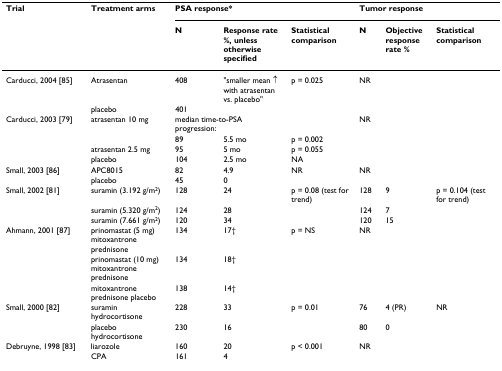
<table><thead><tr><td><b>Trial</b></td><td><b>Treatment arms</b></td><td colspan="3"><b>PSA response*</b></td><td colspan="3"><b>Tumor response</b></td></tr><tr><td></td><td></td><td><b>N</b></td><td><b>Response rate %, unless otherwise specified</b></td><td><b>Statistical comparison</b></td><td><b>N</b></td><td><b>Objective response rate %</b></td><td><b>Statistical comparison</b></td></tr></thead><tbody><tr><td>Carducci, 2004 [85]</td><td>Atrasentan</td><td>408</td><td>&quot;smaller mean ↑ with atrasentan vs. placebo&quot;</td><td>p = 0.025</td><td colspan="3">NR</td></tr><tr><td></td><td>placebo</td><td>401</td><td></td><td></td><td></td><td></td><td></td></tr><tr><td>Carducci, 2003 [79]</td><td>atrasentan 10 mg</td><td colspan="2">median time-to-PSA progression:</td><td></td><td colspan="3">NR</td></tr><tr><td></td><td></td><td>89</td><td>5.5 mo</td><td>p = 0.002</td><td></td><td></td><td></td></tr><tr><td></td><td>atrasentan 2.5 mg</td><td>95</td><td>5 mo</td><td>p = 0.055</td><td></td><td></td><td></td></tr><tr><td></td><td>placebo</td><td>104</td><td>2.5 mo</td><td>NA</td><td></td><td></td><td></td></tr><tr><td>Small, 2003 [86]</td><td>APC8015</td><td>82</td><td>4.9</td><td>NR</td><td colspan="3">NR</td></tr><tr><td></td><td>placebo</td><td>45</td><td>0</td><td></td><td></td><td></td><td></td></tr><tr><td>Small, 2002 [81]</td><td>suramin (3.192 g/m<sup>2</sup>)</td><td>128</td><td>24</td><td>p = 0.08 (test for trend)</td><td>128</td><td>9</td><td>p = 0.104 (test for trend)</td></tr><tr><td></td><td>suramin (5.320 g/m<sup>2</sup>)</td><td>124</td><td>28</td><td></td><td>124</td><td>7</td><td></td></tr><tr><td></td><td>suramin (7.661 g/m<sup>2</sup>)</td><td>120</td><td>34</td><td></td><td>120</td><td>15</td><td></td></tr><tr><td>Ahmann, 2001 [87]</td><td>prinomastat (5 mg) mitoxantrone prednisone</td><td>134</td><td>17†</td><td>p = NS</td><td colspan="3">NR</td></tr><tr><td></td><td>prinomastat (10 mg) mitoxantrone prednisone</td><td>134</td><td>18†</td><td></td><td></td><td></td><td></td></tr><tr><td></td><td>mitoxantrone prednisone placebo</td><td>138</td><td>14†</td><td></td><td></td><td></td><td></td></tr><tr><td>Small, 2000 [82]</td><td>suramin hydrocortisone</td><td>228</td><td>33</td><td>p = 0.01</td><td>76</td><td>4 (PR)</td><td>NR</td></tr><tr><td></td><td>placebo hydrocortisone</td><td>230</td><td>16</td><td></td><td>80</td><td>0</td><td></td></tr><tr><td>Debruyne, 1998 [83]</td><td>liarozole</td><td>160</td><td>20</td><td>p &lt; 0.001</td><td colspan="3">NR</td></tr><tr><td></td><td>CPA</td><td>161</td><td>4</td><td></td><td></td><td></td><td></td></tr></tbody></table>